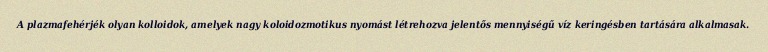
A plazmafehérjék olyan kolloidok, amelyek nagy koloidozmotikus nyomást létrehozva jelentős mennyiségű víz keringésben tartására alkalmasak.